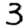
Digit: 3